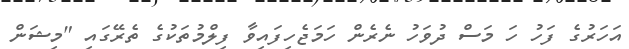
އަހަރުގެ ފަހު ހަ މަސް ދުވަހު ނެރެން ހަމަޖެހިފައިވާ ފިލްމުތަކުގެ ތެރޭގައި "މިޝަން